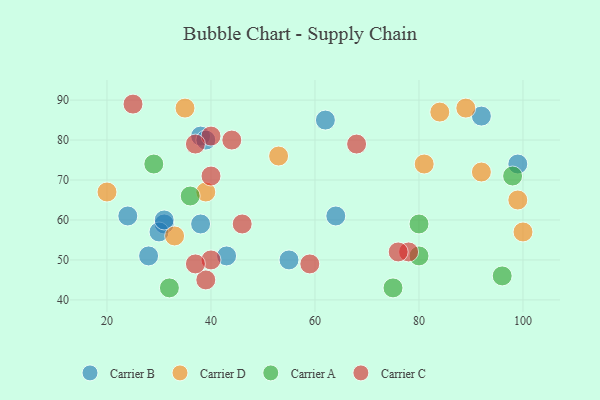
{"axis": {"x": "GDP", "y": "Life Expectancy"}, "legend": ["Carrier A", "Carrier B", "Carrier C", "Carrier D"], "data": [{"x": "55", "y": 50, "type": "Carrier B"}, {"x": "28", "y": 51, "type": "Carrier B"}, {"x": "24", "y": 61, "type": "Carrier B"}, {"x": "43", "y": 51, "type": "Carrier B"}, {"x": "31", "y": 59, "type": "Carrier B"}, {"x": "30", "y": 57, "type": "Carrier B"}, {"x": "92", "y": 86, "type": "Carrier B"}, {"x": "62", "y": 85, "type": "Carrier B"}, {"x": "38", "y": 81, "type": "Carrier B"}, {"x": "64", "y": 61, "type": "Carrier B"}, {"x": "31", "y": 60, "type": "Carrier B"}, {"x": "38", "y": 59, "type": "Carrier B"}, {"x": "39", "y": 80, "type": "Carrier B"}, {"x": "99", "y": 74, "type": "Carrier B"}, {"x": "35", "y": 88, "type": "Carrier D"}, {"x": "33", "y": 56, "type": "Carrier D"}, {"x": "89", "y": 88, "type": "Carrier D"}, {"x": "84", "y": 87, "type": "Carrier D"}, {"x": "39", "y": 67, "type": "Carrier D"}, {"x": "99", "y": 65, "type": "Carrier D"}, {"x": "92", "y": 72, "type": "Carrier D"}, {"x": "81", "y": 74, "type": "Carrier D"}, {"x": "20", "y": 67, "type": "Carrier D"}, {"x": "100", "y": 57, "type": "Carrier D"}, {"x": "53", "y": 76, "type": "Carrier D"}, {"x": "36", "y": 66, "type": "Carrier A"}, {"x": "98", "y": 71, "type": "Carrier A"}, {"x": "75", "y": 43, "type": "Carrier A"}, {"x": "29", "y": 74, "type": "Carrier A"}, {"x": "96", "y": 46, "type": "Carrier A"}, {"x": "32", "y": 43, "type": "Carrier A"}, {"x": "80", "y": 59, "type": "Carrier A"}, {"x": "80", "y": 51, "type": "Carrier A"}, {"x": "40", "y": 50, "type": "Carrier C"}, {"x": "40", "y": 71, "type": "Carrier C"}, {"x": "40", "y": 81, "type": "Carrier C"}, {"x": "39", "y": 45, "type": "Carrier C"}, {"x": "37", "y": 49, "type": "Carrier C"}, {"x": "68", "y": 79, "type": "Carrier C"}, {"x": "78", "y": 52, "type": "Carrier C"}, {"x": "44", "y": 80, "type": "Carrier C"}, {"x": "59", "y": 49, "type": "Carrier C"}, {"x": "37", "y": 79, "type": "Carrier C"}, {"x": "25", "y": 89, "type": "Carrier C"}, {"x": "76", "y": 52, "type": "Carrier C"}, {"x": "46", "y": 59, "type": "Carrier C"}]}